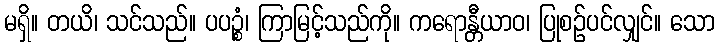
မရှိ။ တယိ၊ သင်သည်။ ပပဉ္စံ၊ ကြာမြင့်သည်ကို။ ကရောန္တီယာဝ၊ ပြုစဉ်ပင်လျှင်။ သော